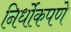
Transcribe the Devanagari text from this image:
निर्धोकपणे